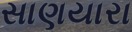
સાણયારા